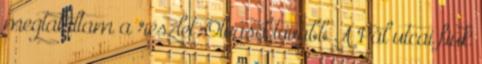
megtaláltam a részlet. Olvasd tovább A Pál utcai fiúk